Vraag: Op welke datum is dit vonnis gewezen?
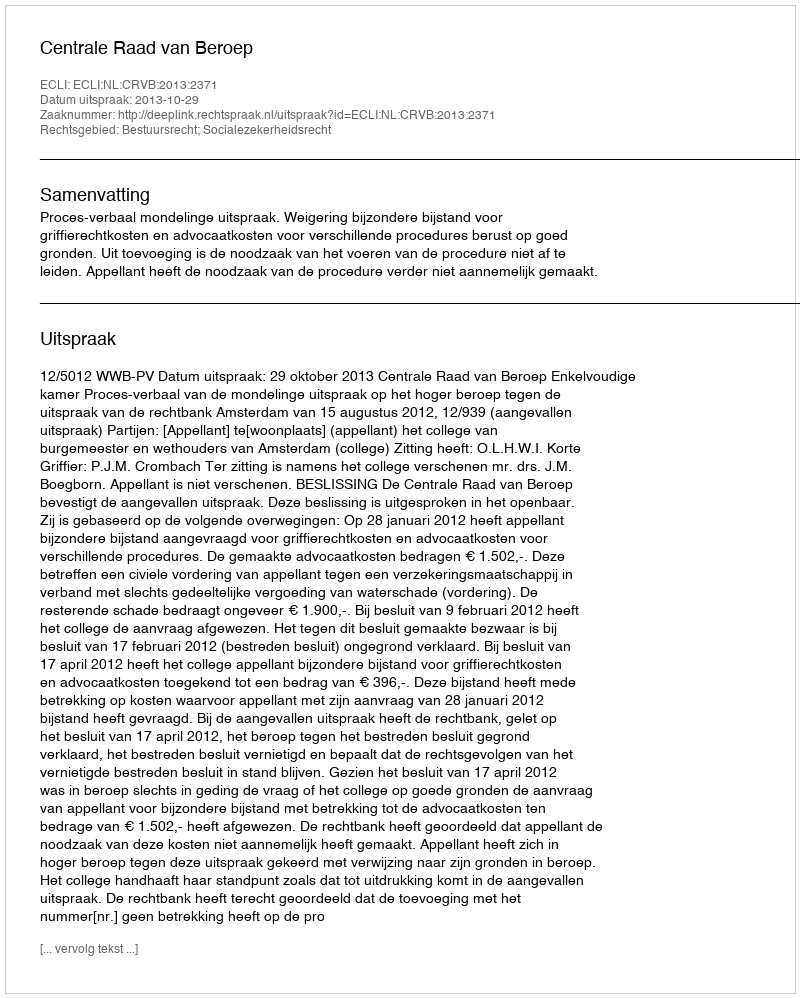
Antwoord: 2013-10-29